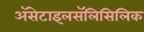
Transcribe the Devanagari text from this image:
ॲसेटाइलसॅलिसिलिक